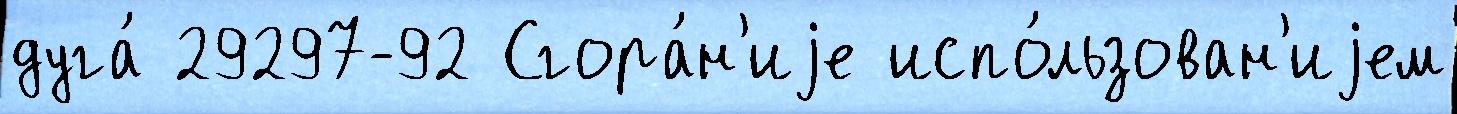
дуга́ 29297-92 Сгора́н'иjе испо́льзован'иjем